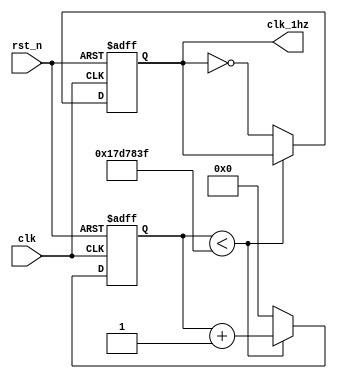
//50MHZ---->1HZ
module freq(clk,rst_n,clk_1hz);

	input clk;				//50MHZ
	input rst_n;			//
	
	output reg clk_1hz;		//1HZ
	
	reg [25:0] cnt;		//26
	
	parameter cnt_num = 50_000_000 / 1 / 2 - 1;		//0.5s050_000_000/2-10.5s
	
	//
	always @ (posedge clk or negedge rst_n)	//
	begin
		if(!rst_n)			//
			begin
				cnt <= 26'd0;							//26d00
				clk_1hz <= 1'b0;						//1b00
			end
		else					//
			begin
				if(cnt < cnt_num)						//0.5s
					begin
						cnt <= cnt + 26'd1;			//
					end
				else										//0.5s
					begin
						cnt <= 26'd0;					//
						clk_1hz <= ~clk_1hz;			//50%0.5s0.5s
					end
			end	
	end

endmodule